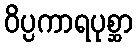
ဝိပ္ပကာရပုစ္ဆာ